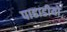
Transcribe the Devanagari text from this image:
पाहाडीयों